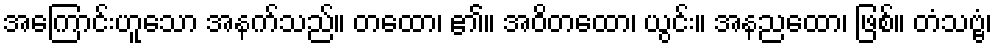
အကြောင်းဟူသော အနက်သည်။ တထော၊ ၏။ အဝိတထော၊ ယွင်း။ အနညထော၊ ဖြစ်။ တံသဗ္ဗံ၊